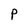
Character: P